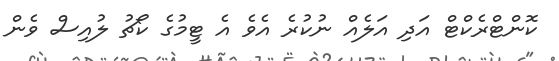
ކޮންޓްރެކްޓް އަދި އަލެއް ނުކުރެ އެވެ އެ ޓީމުގެ ކޯޗު ލުއިސް ވެން